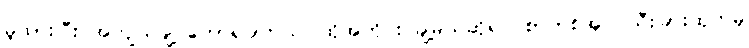
မူထားပြီး အကျယ်ချဲ့ ဟောရပါတယ်၊ ထိုအတိုင်း ချဲ့မယ်ဆိုရင် စာတစ်အုပ် သီးခြားထုတ်မှ